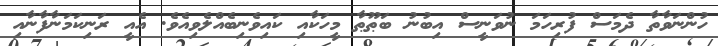
ހުންނަވާތާ ދެމަސް ފުރިހަމަ ނުވަނީސް އިބުނު ބަޠޫޠާ މީހަކާއި ކައިވެނިބެއްލެވިއެވެ. އެއީ ރަނިކަމަނާފާނާއި